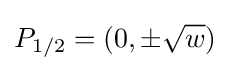
P_{1/2}=(0,\pm {\sqrt {w}})